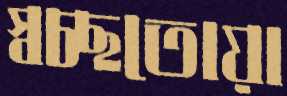
স্বচ্ছতোয়া